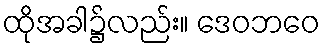
ထိုအခါ၌လည်း။ ဒေဝဘဝေ